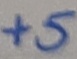
Text: +5